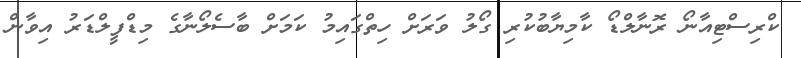
ކްރިސްޓިއާނޯ ރޮނާލްޑޯ ކާމިޔާބުކުރި ގޯލު ވަރަށް ހިތްގައިމު ކަމަށް ބާސެލޯނާގެ މިޑްފީލްޑަރު އިވާން